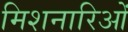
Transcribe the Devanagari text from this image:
मिशनारिओं